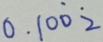
0 . 1 0 \dot { 0 } \dot { 2 }